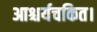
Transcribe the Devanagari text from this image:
आश्चर्यचकित।